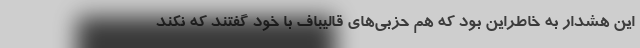
این هشدار به خاطراین بود که هم حزبی‌های قالیباف با خود گفتند که نکند